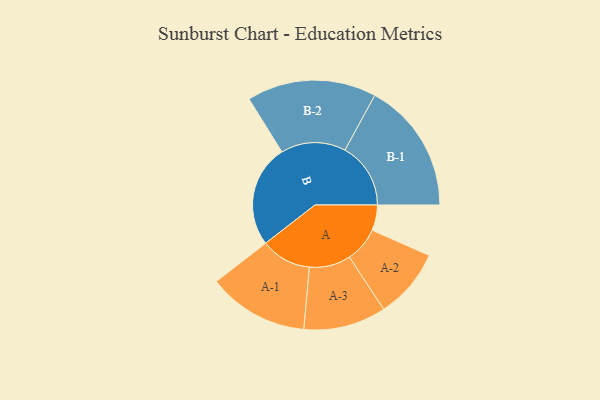
{"axis": {"x": "Segment", "y": "Value"}, "legend": ["", "A", "B"], "data": [{"x": "A", "y": 103, "type": ""}, {"x": "B", "y": 415, "type": ""}, {"x": "A-1", "y": 204, "type": "A"}, {"x": "A-2", "y": 142, "type": "A"}, {"x": "A-3", "y": 167, "type": "A"}, {"x": "B-1", "y": 266, "type": "B"}, {"x": "B-2", "y": 262, "type": "B"}]}